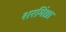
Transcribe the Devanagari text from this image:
शरमिंद्या